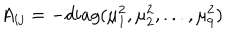
A _ { i j } = - d i a g ( \mu _ { 1 } ^ { 2 } , \mu _ { 2 } ^ { 2 } , . . . , \mu _ { 9 } ^ { 2 } )